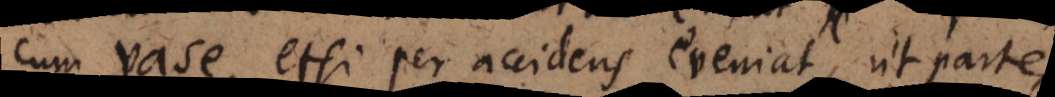
cum vase, etsi per accidens eveniat, ut partes